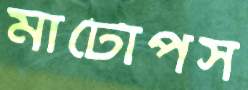
মাটোপস